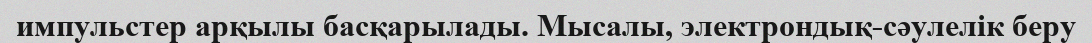
импульстер арқылы басқарылады. Мысалы, электрондық-сәулелік беру